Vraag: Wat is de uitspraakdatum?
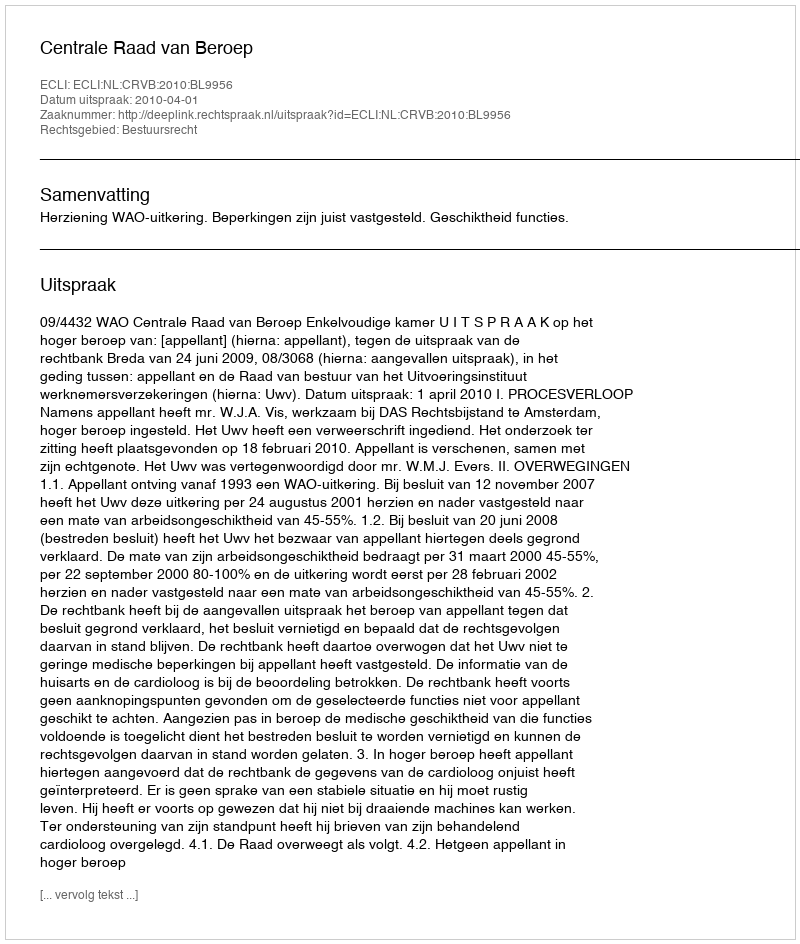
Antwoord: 2010-04-01